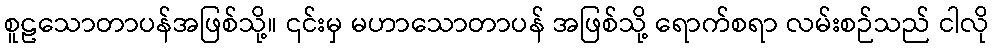
စူဠသောတာပန်အဖြစ်သို့။ ၎င်းမှ မဟာသောတာပန် အဖြစ်သို့ ရောက်စရာ လမ်းစဉ်သည် ငါလို